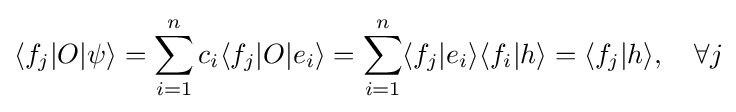
\langle f_{j}|O|\psi \rangle =\sum _{i=1}^{n}c_{i}\langle f_{j}|O|e_{i}\rangle =\sum _{i=1}^{n}\langle f_{j}|e_{i}\rangle \langle f_{i}|h\rangle =\langle f_{j}|h\rangle ,\quad \forall j